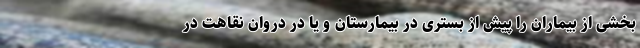
بخشی از بیماران را پیش از بستری در بیمارستان و یا در دروان نقاهت در